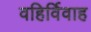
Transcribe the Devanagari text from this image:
वहिर्विवाह